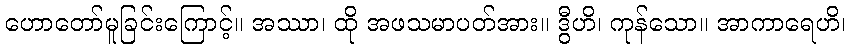
ဟောတော်မူခြင်းကြောင့်။ အဿာ၊ ထို အဖသမာပတ်အား။ ဒွီဟိ၊ ကုန်သော။ အာကာရေဟိ၊